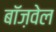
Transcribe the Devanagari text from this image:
बॉज़वेल